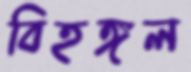
বিহঙ্গল